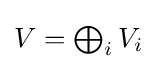
V=\textstyle \bigoplus _{i}V_{i}